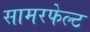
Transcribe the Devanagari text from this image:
सामरफेल्ट